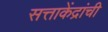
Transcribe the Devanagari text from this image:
सत्ताकेंद्रांची